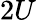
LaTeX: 2U